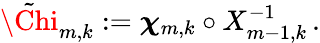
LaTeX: \tilde{\Chi}_{m,k}:={\boldsymbol{\chi}}_{m,k}\circ X_{m-1,k}^{-1}\, .